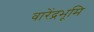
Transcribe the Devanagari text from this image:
वारेंद्रभूमि